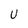
Character: U